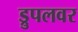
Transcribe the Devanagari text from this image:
ड्रुपलवर